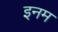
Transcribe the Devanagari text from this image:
इनम